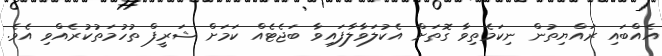
އެއްބައި ރައްޔިތުން ނިކަމެތިވާ ގޮތަށް އެކުލަވާލާފައިވާ ބަޖެޓެއް ކަމަށް ޝަރީފް ތުހުމަތުކުރެއްވި އެވެ.